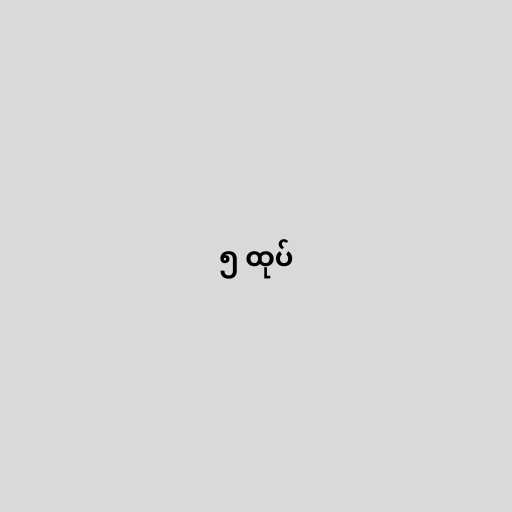
၅ ထုပ်